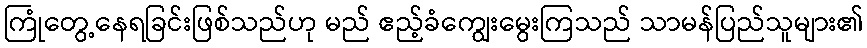
ကြုံတွေ့နေရခြင်းဖြစ်သည်ဟု မည် ဧည့်ခံကျွေးမွေးကြသည် သာမန်ပြည်သူများ၏